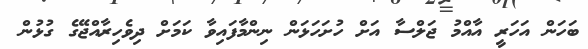
ބަހަން އަހަރީ އާއްމު ޖަލްސާ އަށް ހުށަހަޅަން ނިންމާފައިވާ ކަމަށް ދިވެހިރާއްޖޭގެ ގުޅުން